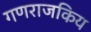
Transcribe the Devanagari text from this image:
गणराजकिय